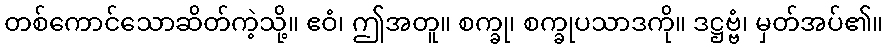
တစ်ကောင်သောဆိတ်ကဲ့သို့။ ဧဝံ၊ ဤအတူ။ စက္ခု၊ စက္ခုပသာဒကို။ ဒဋ္ဌဗ္ဗံ၊ မှတ်အပ်၏။